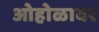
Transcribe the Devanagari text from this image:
ओहोळावर